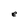
Character: e